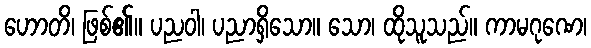
ဟောတိ၊ ဖြစ်၏။ ပညဝါ၊ ပညာရှိသော။ သော၊ ထိုသူသည်။ ကာမဂုဏေ၊